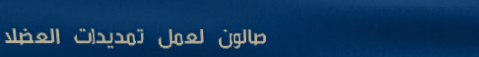
صالون لعمل تمديدات العضلا